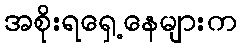
အစိုးရရှေ့နေများက